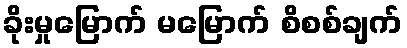
ခိုးမှုမြောက် မမြောက် စိစစ်ချက်